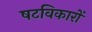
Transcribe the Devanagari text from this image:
षटविकारों